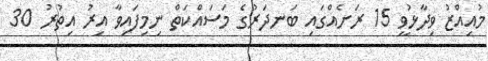
މުއިއްޒު ވިދާޅުވީ 15 ރަށެއްގައި ބަނދަރުގެ މަސައްކަތް ނިމިފައިވާ އިރު އިތުރު 30